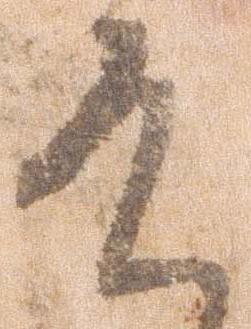
そ